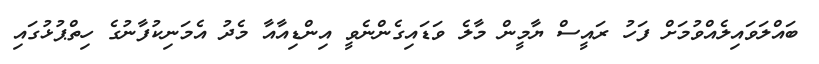
ބައްލަވައިލެއްވުމަށް ފަހު ރައީސް ޔާމީން މާލެ ވަޑައިގެންނެވީ އިންޑިއާއާ މެދު އެމަނިކުފާނުގެ ހިތްޕުޅުގައި